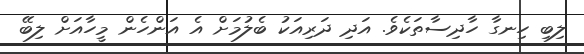
ލިބި ހިނގާ ހާދިސާތަކެވެ. އަދި ދަރިއަކު ބެލުމަށް އެ އަންހެން މީހާއަށް ލިބޭ